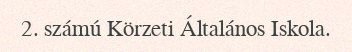
2. számú Körzeti Általános Iskola.